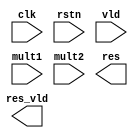
module mul_pipe
    #(
        parameter N=4,
        parameter M=4
    )
    (
        input                      clk       ,
        input                      rstn      ,

        input                      vld       ,
        input [M-1:0]              mult1     ,
        input [N-1:0]              mult2     ,

        output  [N+M-1:0]          res       ,
        output                     res_vld
    );





endmodule //mul_pipe




module adder_half(a,b,c,s);

    input a, b;
    output c, s;

    assign s = a ^ b;
    assign c = a & b;

endmodule

module adder_full(a, b, cin, cout, s);
    input a, b, cin;
    output cout, s;

    wire d, g, p, cp;

    adder_half u_ha1(a,d,g,p);
    adder_half u_ha2(cin,p,cp,s);

    assign cout = g | cp;

endmodule